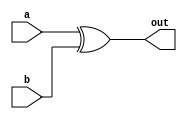
module XOR ( input a, input b, output out);
    assign out = a ^ b; // ^ is the XOR operator
endmodule